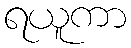
ရယူကာ